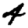
Digit: 4